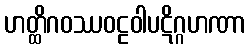
ဟတ္ထိဂဝဿဝဠဝါပဋိဂ္ဂဟဏာ